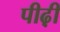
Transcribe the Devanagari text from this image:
पीढ़़ी